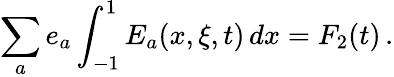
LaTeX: \sum_{a}e_{a}\int_{-1}^{1}E_{a}(x,\xi,t)\, dx=F_{2}(t)\, .